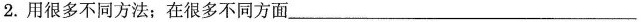
2.用很多不同方法；在很多不同方面___